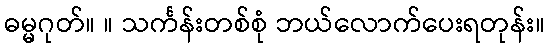
ဓမ္မဂုတ်။ ။ သင်္ကန်းတစ်စုံ ဘယ်လောက်ပေးရတုန်း။